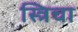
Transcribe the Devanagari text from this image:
स्त्रिचा